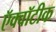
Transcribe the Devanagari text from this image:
ऍक्वॉटीक